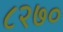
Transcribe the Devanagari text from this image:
८२७०